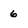
Character: 6